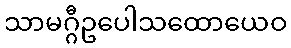
သာမဂ္ဂီဥပေါသထောယေဝ